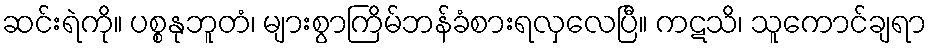
ဆင်းရဲကို။ ပစ္စနုဘူတံ၊ များစွာကြိမ်ဘန်ခံစားရလှလေပြီ။ ကဋသိ၊ သူကောင်ချရာ